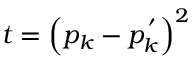
t = \left( p _ { k } - p _ { k } ^ { \, ^ { \prime } } \right) ^ { 2 }